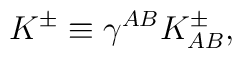
K^{\pm} \equiv \gamma^{AB}K^{\pm}_{AB},